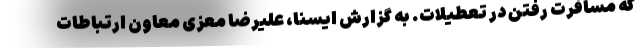
که مسافرت رفتن در تعطیلات. به گزارش ایسنا، علیرضا معزی معاون ارتباطات